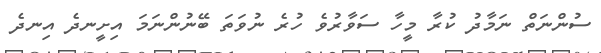
ސުންނަތް ނަމާދު ކުރާ މީހާ ސަވާރުވެ ހުރެ ނުވަތަ ބޭނުންނަމަ އިށީނދެ އިނދެ